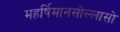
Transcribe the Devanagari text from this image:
महर्षिमानसोल्लासो